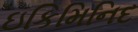
ઇકિમિનિદ